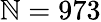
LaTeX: \mathbb{N}=973